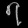
Digit: ၇